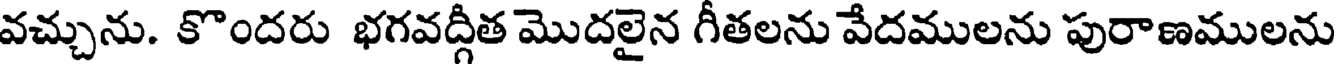
వచ్చును. కొందరు భగవద్గీత మొదలైన గీతలను వేదములను పురాణములను